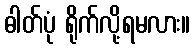
ဓါတ်ပုံ ရိုက်လို့ရမလား။